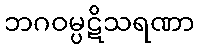
ဘဂဝမ္ပဋိသရဏာ